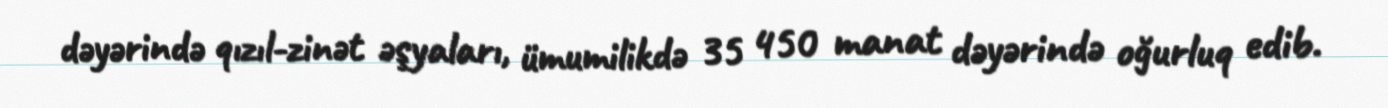
dəyərində qızıl-zinət əşyaları, ümumilikdə 35 450 manat dəyərində oğurluq edib.